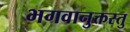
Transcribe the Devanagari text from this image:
भगवानुक्तस्तु